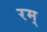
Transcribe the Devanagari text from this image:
रम्